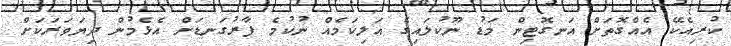
ކުރިއެކޭ އެއްގޮތަށް އަނގޮޓިން މަޑު ނޫކުލައިގެ އަލިކަމެއް ނުކުމެ ފާރުގަނޑަށް އެޅެމުން ދިޔަވަރަކަށް